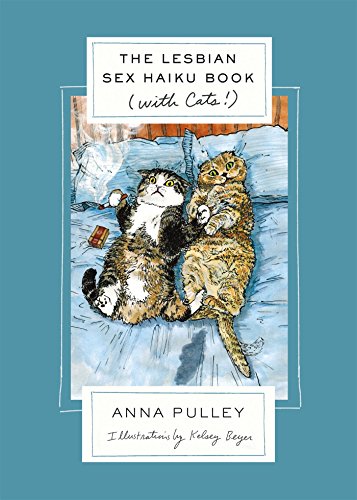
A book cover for The Lesbian Sex Haiku Book (with Cats!); Anna Pulley; Humor & Entertainment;